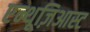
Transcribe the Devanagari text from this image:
एन्थूज़िआस्ट